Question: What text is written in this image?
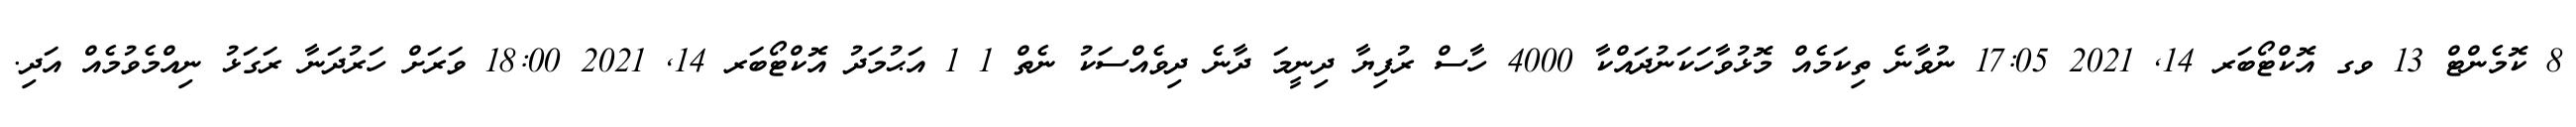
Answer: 8 ކޮމެންޓް 13 ވގ އޮކްޓޯބަރ 14, 2021 17:05 ނުވާނެ ތިކަމެއް މޮޅުވާހަކަނުދައްކާ 4000 ހާސް ރުފިޔާ ދިނީމަ ދާނެ ދިވެއްސަކު ނެތް 1 1 އަޙުމަދު އޮކްޓޯބަރ 14, 2021 18:00 ވަރަށް ހަރުދަނާ ރަގަޅު ނިއްމެވުމެއް އަދި.